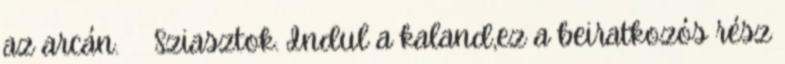
az arcán. Sziasztok. Indul a kaland,ez a beiratkozós rész